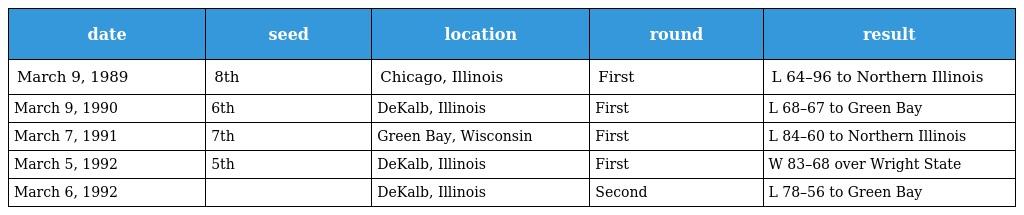
| date | seed | location | round | result |
 | --- | --- | --- | --- | --- |
 | March 9, 1989 | 8th | Chicago, Illinois | First | L 64–96 to Northern Illinois |
 | March 9, 1990 | 6th | DeKalb, Illinois | First | L 68–67 to Green Bay |
 | March 7, 1991 | 7th | Green Bay, Wisconsin | First | L 84–60 to Northern Illinois |
 | March 5, 1992 | 5th | DeKalb, Illinois | First | W 83–68 over Wright State |
 | March 6, 1992 |  | DeKalb, Illinois | Second | L 78–56 to Green Bay |